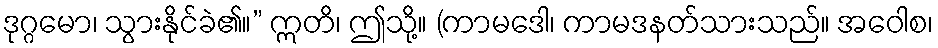
ဒုဂ္ဂမော၊ သွားနိုင်ခဲ၏။” ဣတိ၊ ဤသို့။ (ကာမဒေါ၊ ကာမဒနတ်သားသည်။ အဝေါစ၊